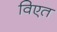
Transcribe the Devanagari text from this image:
विएत